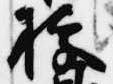
拠